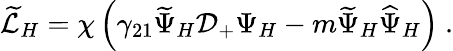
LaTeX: \widetilde{\cal L}_{H}=\chi\left(\gamma_{21}\widetilde{\Psi}_{H}{\cal D}_{+}\Psi_{H}-m\widetilde{\Psi}_{H}\widehat{\Psi}_{H}\right)~.